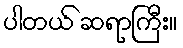
ပါတယ် ဆရာကြီး။